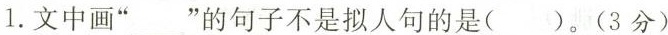
1.文中画”___”的句子不是拟人句的是()。(3分)